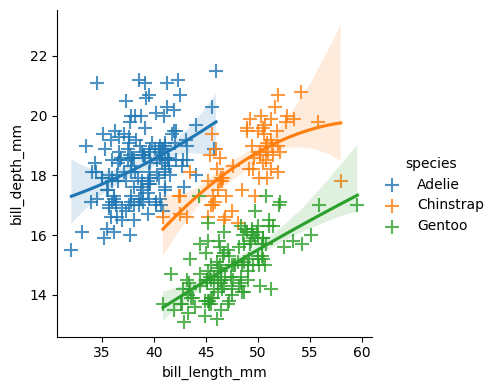
python, seaborn, lmplot, aspect=1.0, order=2, markers='+'